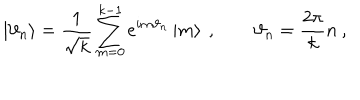
LaTeX: \left| \vartheta _ { n } \right\rangle = \frac { 1 } { \sqrt { k } } \sum _ { m = 0 } ^ { k - 1 } e ^ { i m \vartheta _ { n } } \left| m \right\rangle \: , \qquad \vartheta _ { n } = \frac { 2 \pi } { k } n \: ,